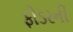
ફીડરની